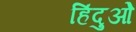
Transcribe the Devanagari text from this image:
हिंदुओें